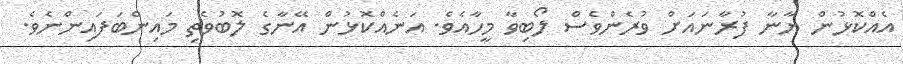
އެއްކޮޅުން ޔާނާ ފުރާނައަށް ވުރެންވެސް ލޯބިވާ މީހާއެވެ. އަނެއްކޮޅުން އޭނާގެ ލޮބުވެތި މައިންބަފައިންނެވެ.